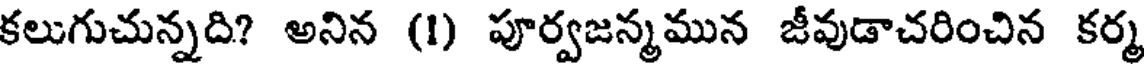
కలుగుచున్నది? అనిన (1) పూర్వజన్మమున జీవుడాచరించిన కర్మ